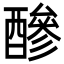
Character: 醦